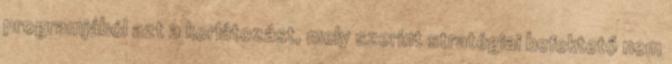
programjából azt a korlátozást, mely szerint stratégiai befektető nem